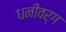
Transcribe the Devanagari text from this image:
धनीवर्ग